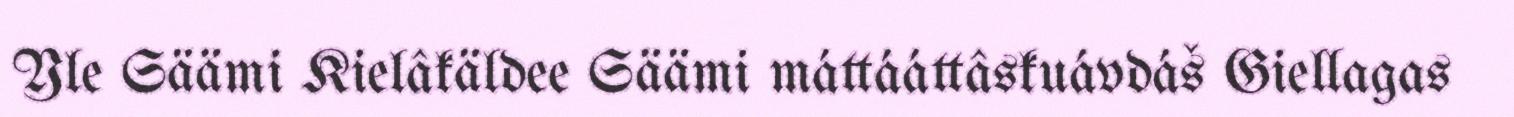
Yle Säämi Kielâkäldee Säämi máttááttâskuávdáš Giellagas